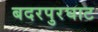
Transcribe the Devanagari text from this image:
बदरपुरघाट